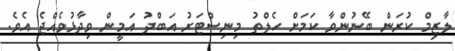
ލާޒިމް ކުރަން ބޭނުންވާ ކަމަށް ހެލްތު މިނިސްޓަރު އަބްދު އަމީން ވިދާޅުވެއްޖެ އެވެ.